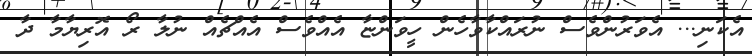
އެކަނި... އެވަރުންވެސް ނުރައްކާވާހެން ހީވަންޏާ އެއްވެސް އެއްޗެއް ނުލާ ރޯ އޮރިޔާމާ ދާ